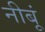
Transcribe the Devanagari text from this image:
नीबूं